DOW-UAP-D32, Mission Report, Syria, October 2024
Agency: Department of War
Incident date: 10/20/24
Incident location: Syria
Page 10
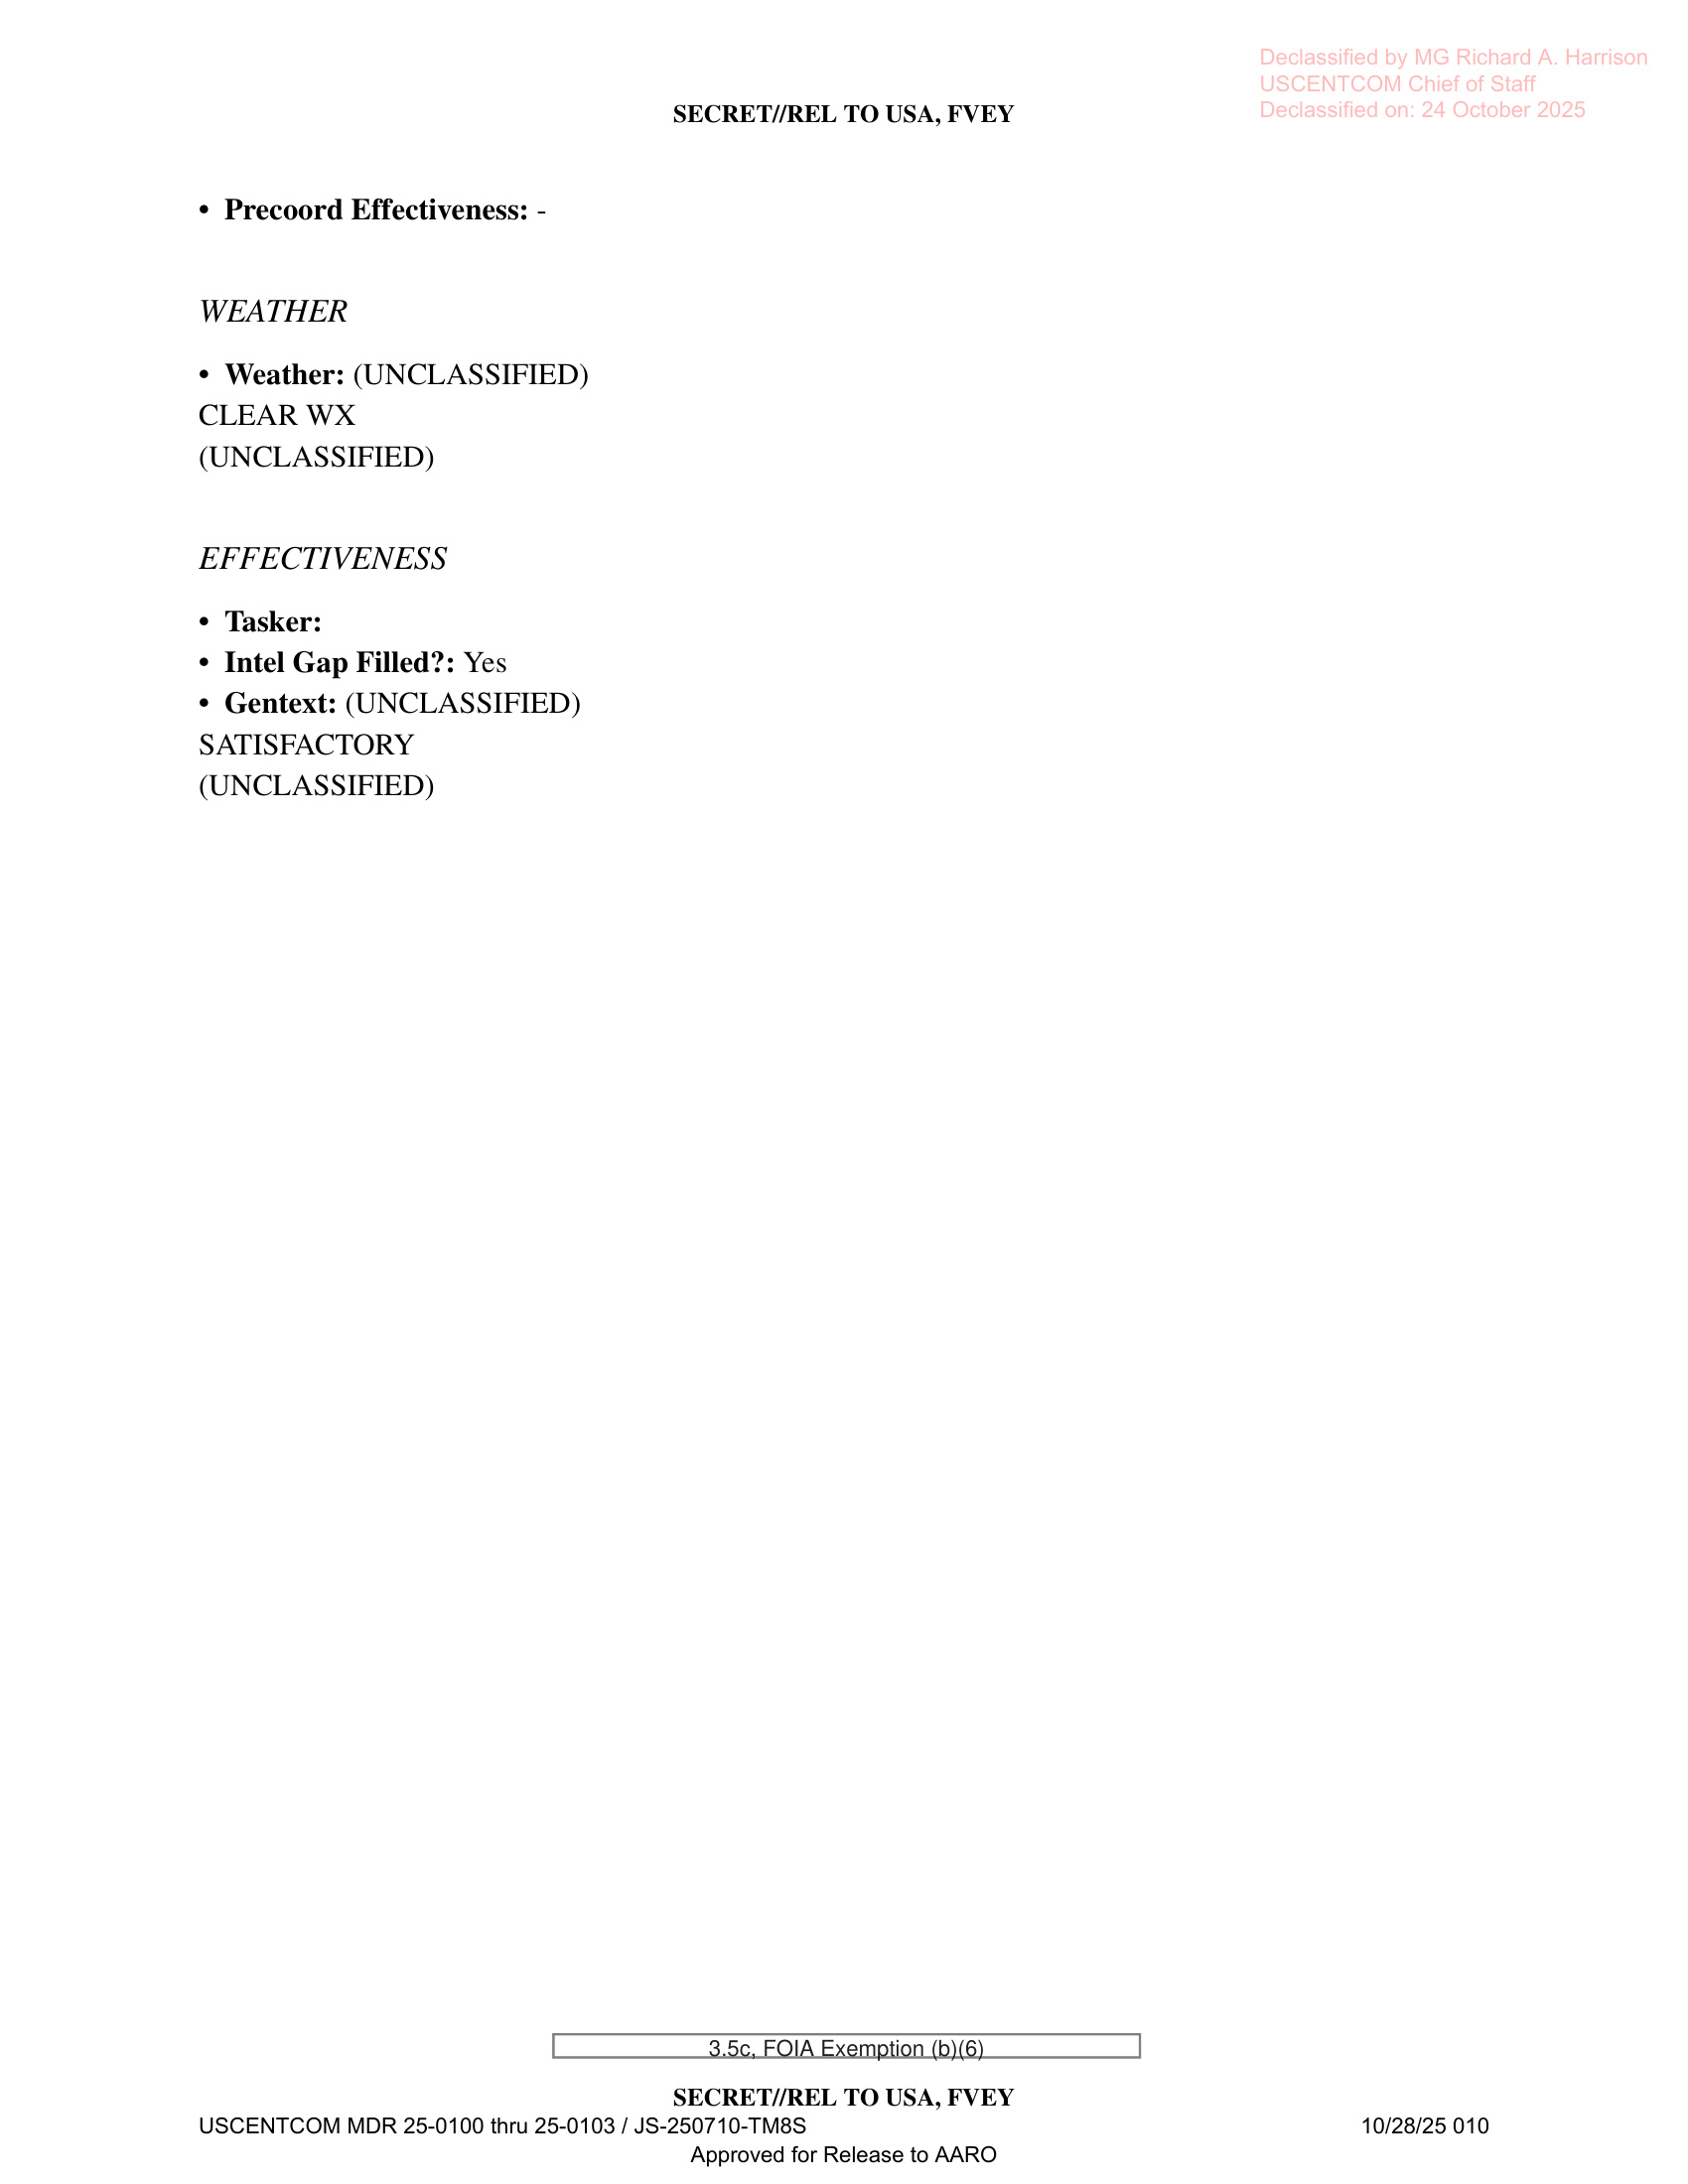